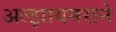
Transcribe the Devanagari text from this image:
अल्झायमराने